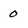
Character: 0